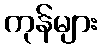
ကုန်များ